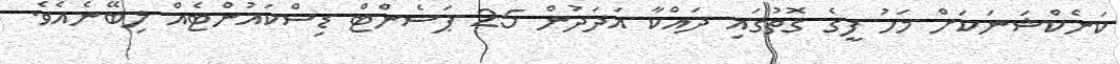
ކަނެކްޝަނަކަށް މަހު ފީގެ ގޮތުގައި ދައްކާ އަދަދުން 25 ޕަސެންޓް ޑިސްކައުންޓެއް ލިބޭނެއެވެ.